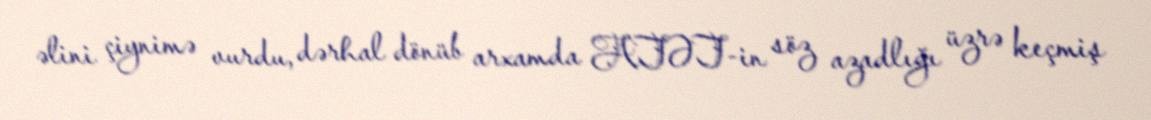
əlini çiynimə vurdu, dərhal dönüb arxamda ATƏT-in söz azadlığı üzrə keçmiş